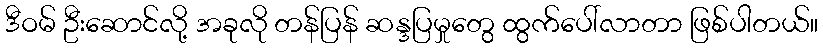
ဒီဝမ် ဦးဆောင်လို့ အခုလို တန်ပြန် ဆန္ဒပြမှုတွေ ထွက်ပေါ်လာတာ ဖြစ်ပါတယ်။